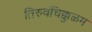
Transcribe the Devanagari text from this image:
तिरुवंचिक्कुळम